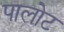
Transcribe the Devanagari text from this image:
पालोट